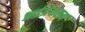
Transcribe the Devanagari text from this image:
आईज़ेकसन